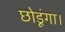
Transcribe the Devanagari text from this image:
छोडूंगा।